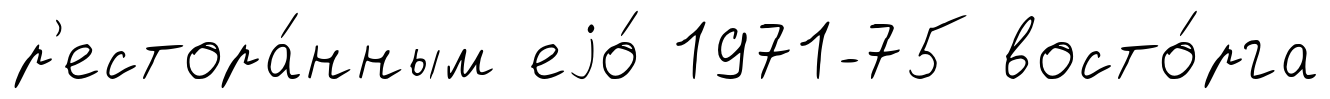
р'естора́нным еjо́ 1971-75 восто́рга